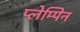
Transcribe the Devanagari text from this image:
प्लेम्पिन